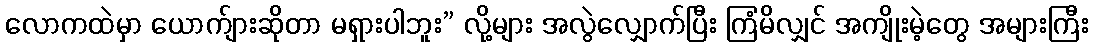
လောကထဲမှာ ယောက်ျားဆိုတာ မရှားပါဘူး” လို့များ အလွဲလျှောက်ပြီး ကြံမိလျှင် အကျိုးမဲ့တွေ အများကြီး